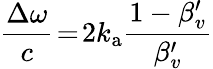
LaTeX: \frac{\Delta\omega}{c}\! =\! 2k_{\mathrm{a}}\frac{1-\beta_{v}^{\prime}}{\beta_{v}^{\prime}}